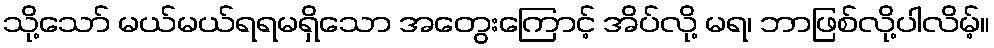
သို့သော် မယ်မယ်ရရမရှိသော အတွေးကြောင့် အိပ်လို့ မရ၊ ဘာဖြစ်လို့ပါလိမ့်။